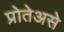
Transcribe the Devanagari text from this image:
प्रोतेअसे